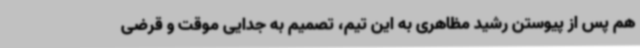
هم پس از پیوستن رشید مظاهری به این تیم، تصمیم به جدایی موقت و قرضی